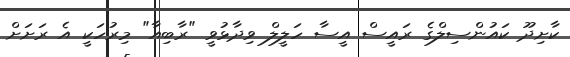
ކާށިދޫ ކައުންސިލްގެ ރައީސް އީސާ ހަލީލް ވިދާޅުވީ "ރާބިއާ" މިރުހަކީ އެ ރަށަށް